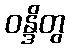
ဝန္ဒိတွ